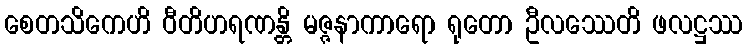
စေတသိကေဟိ ဝီတိဟရဏန္တိ မဇ္ဇနာကာရော ရုတော ဦလဿေတိ ဖလဋ္ဌဿ